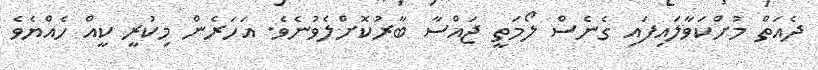
ދެއަތް މުށްކަވާލައިފައި ގެނެސް ލޯމަތީ ޖައްސާ ބާރުކޮށްލެވުނެވެ. އަހަރެން މިކުރީ ކީއް ހެއްޔެވެ